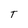
Character: T